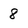
Character: 8